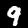
Digit: 9